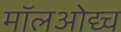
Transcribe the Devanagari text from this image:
मॉलओद्य्च